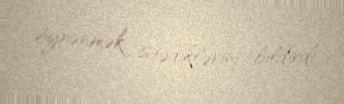
öyrənmək istədiklərini bildirdi.